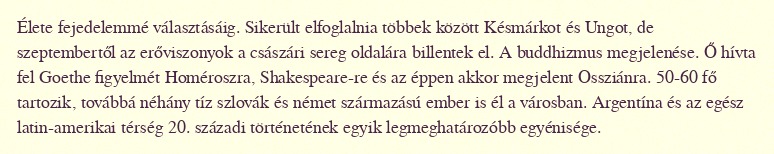
Élete fejedelemmé választásáig. Sikerült elfoglalnia többek között Késmárkot és Ungot, de szeptembertől az erőviszonyok a császári sereg oldalára billentek el. A buddhizmus megjelenése. Ő hívta fel Goethe figyelmét Homéroszra, Shakespeare-re és az éppen akkor megjelent Ossziánra. 50-60 fő tartozik, továbbá néhány tíz szlovák és német származású ember is él a városban. Argentína és az egész latin-amerikai térség 20. századi történetének egyik legmeghatározóbb egyénisége.